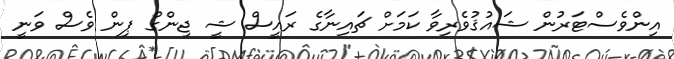
އިންވެސްޓަރުން ޝައުޤުވެރިވާ ކަމަށް ޗައިނާގެ ރައީސް ޝީ ޖިންގް ޕިން ވެސް ވަނީ